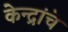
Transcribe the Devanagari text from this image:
केन्द्रांचे